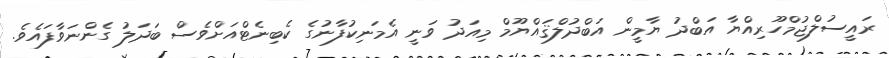
ރައީސުލްޖުމްހޫރިއްޔާ އަބްދު ޔާމީން އަބްދުލްޤައްޔޫމް މިއަދު ވަނީ އެމަނިކުފާނުގެ ކެބިނެޓްއަށްވެސް ބަދަލު ގެންނަވާފައެވެ.